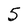
Character: 5